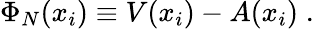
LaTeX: \Phi_{N}(x_{i})\equiv V(x_{i})-A(x_{i})\; .